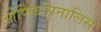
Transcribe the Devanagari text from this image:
ओफ्फिसिनालिस